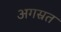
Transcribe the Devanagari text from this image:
अगस्रत